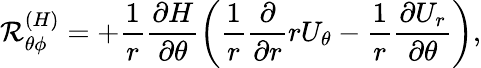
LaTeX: {\cal{R}}_{\theta\phi}^{(H)}=+\frac{1}{r}\frac{\partial H}{\partial\theta}\left({\frac{1}{r}\frac{\partial}{\partial r}rU_{\theta}-\frac{1}{r}\frac{\partial U_{r}}{\partial\theta}}\right),